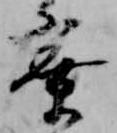
寮